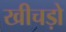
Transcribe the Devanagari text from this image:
खीचड़ो